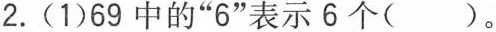
2.(1)69中的”6”表示6个()。